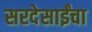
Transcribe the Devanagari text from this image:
सरदेसाईंचा